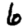
Digit: 6